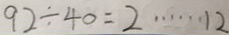
9 2 \div 4 0 = 2 \cdots 1 2